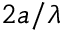
2 a / \lambda